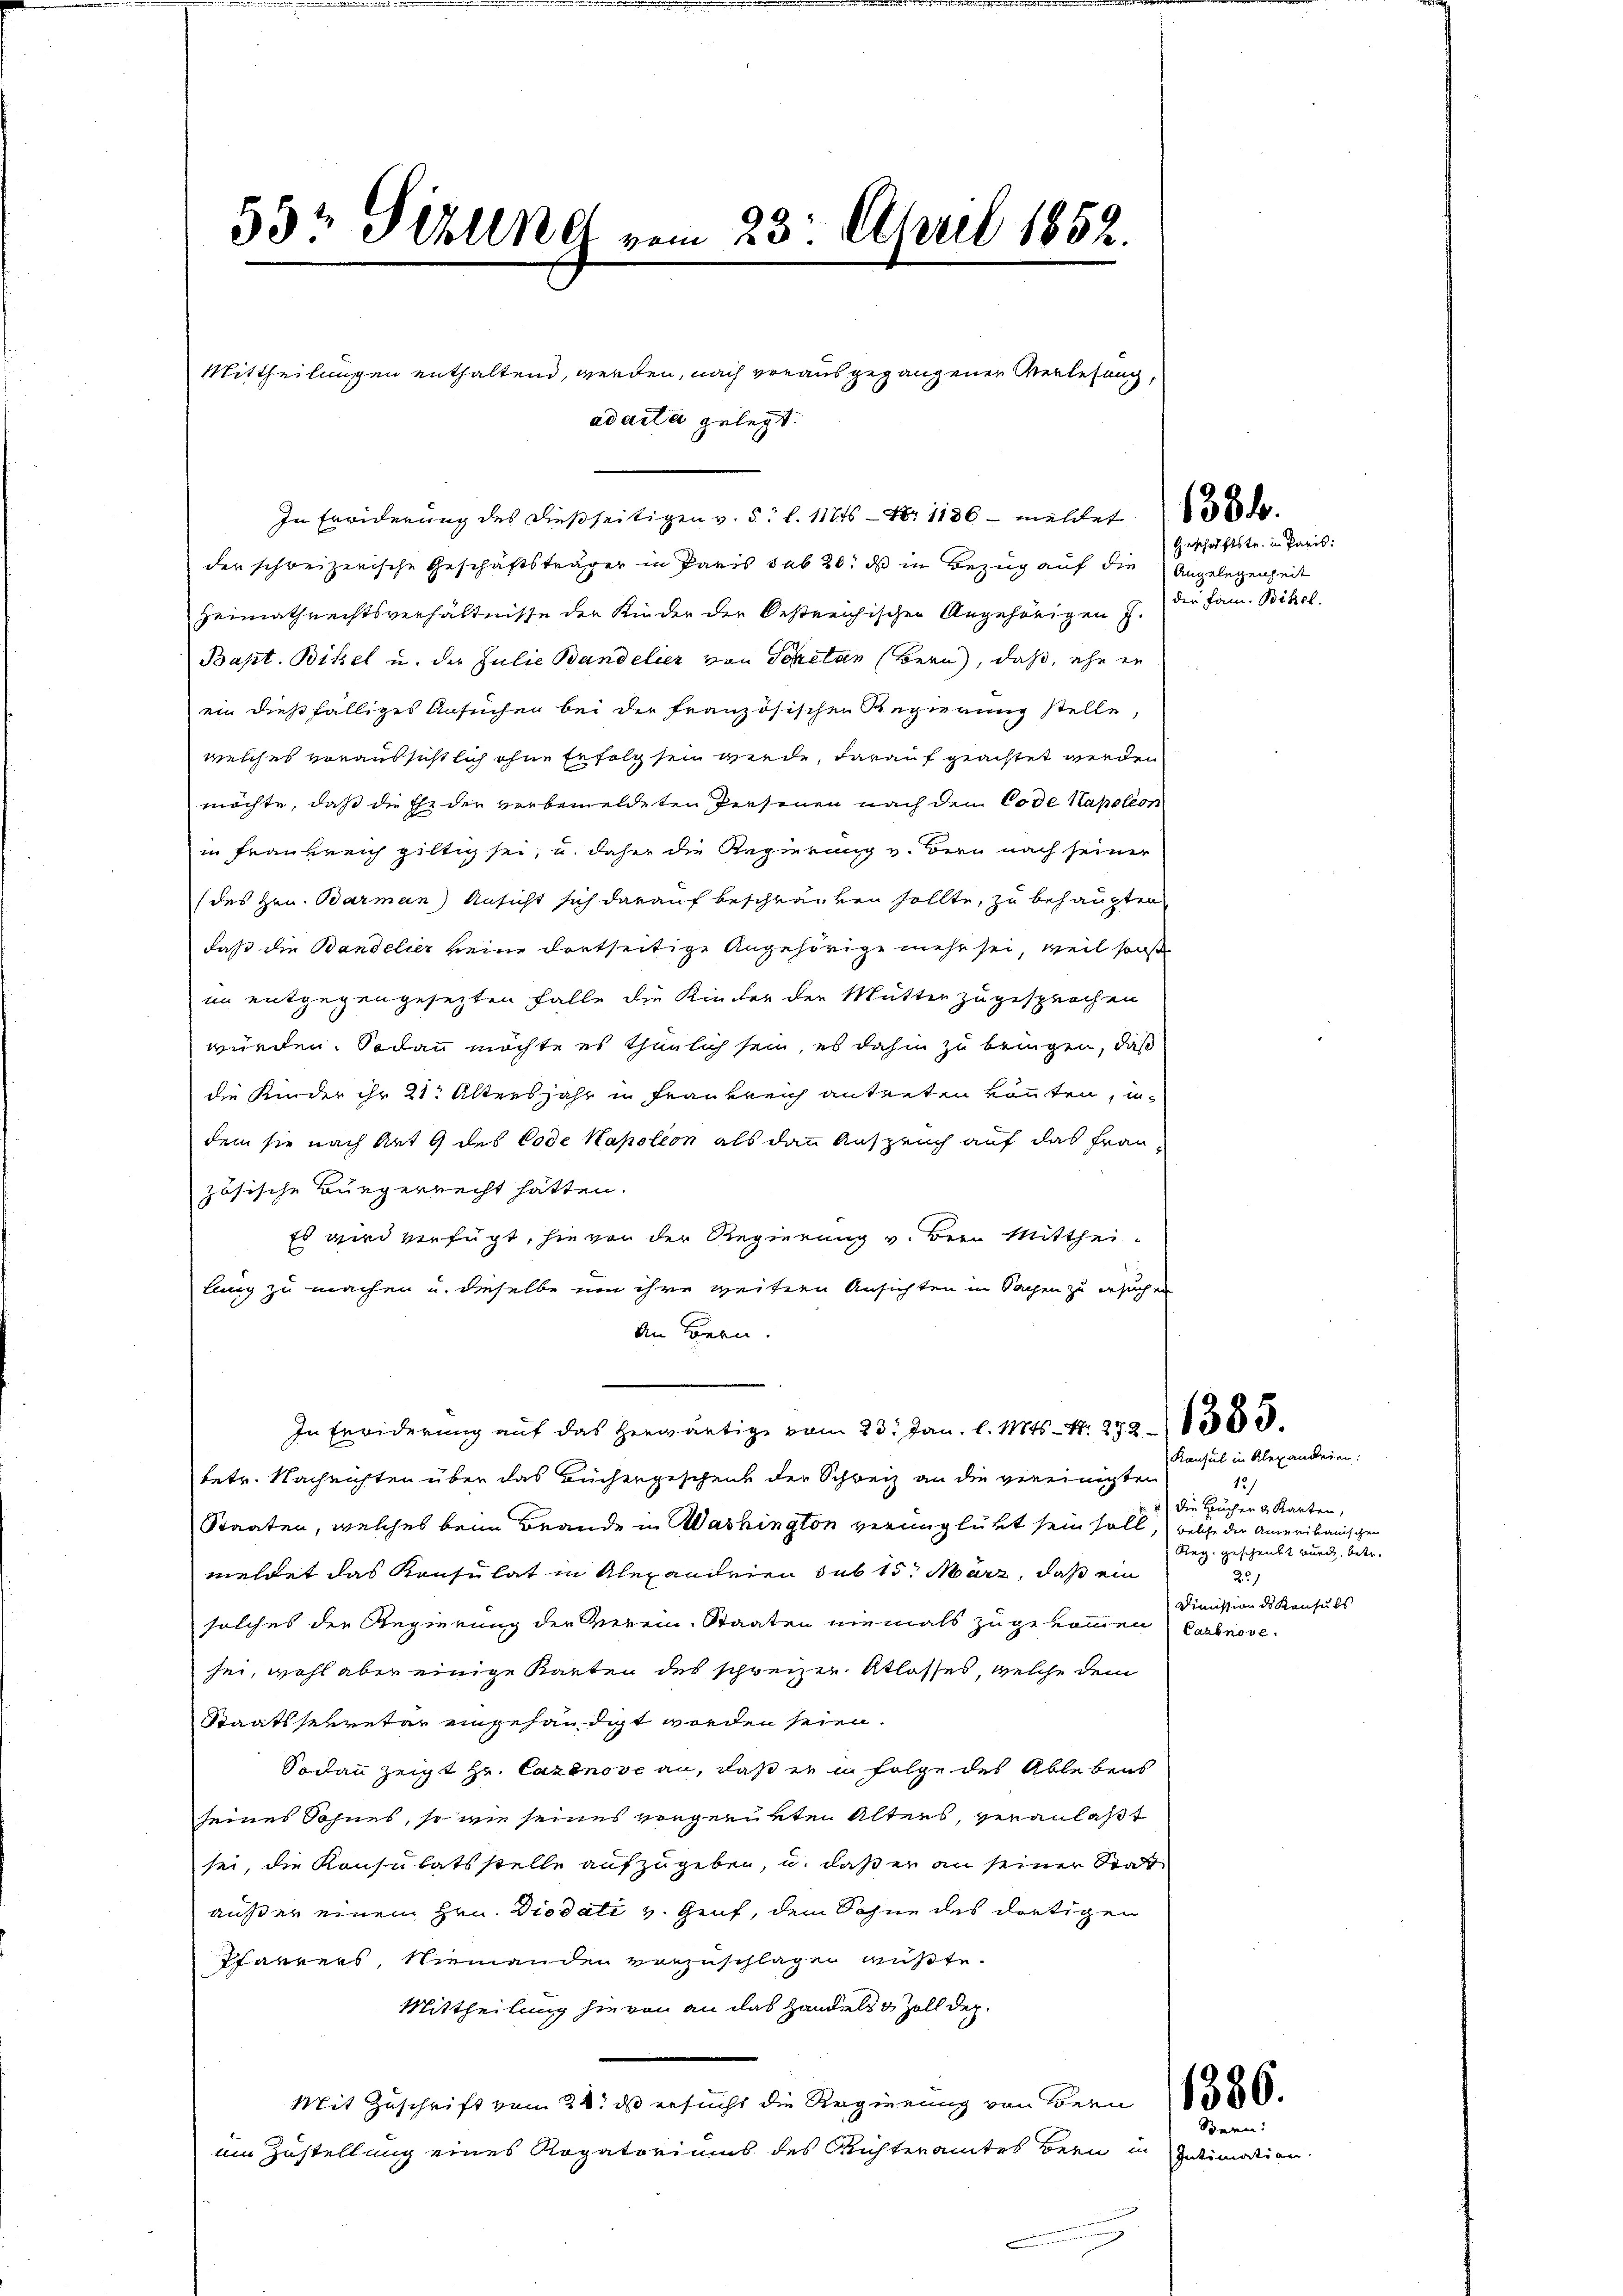
53t Sizung vom 23. April 1852.
Mittheilungen enthaltend, werden, nach vorausgegangener Verlesung,
ad acta gelegt.

der schweizerische Geschäftsträger in Paris sub 20. ds in Bezug auf die Angelegenheit
Heimathrechtsverhältnisse der Kinder der Oestreichischen Angehörigen J.
Bapt. Bibel u. der Julie Bandelier von Sonetan (Bern, daß, ehe er
ein dießfälliges Ansuchen bei der französischen Regierung stelle,
welches voraussichtlich ohne Erfolg sein werde, darauf geachtet werden
möchte, daß die Ehe der vorbemeldeten Personen nach den Code Napoleon
in Frankreich giltig sei, u. daher die Regierung v. Bern nach seiner
(des Hrn. Barman) Ansicht sich darauf beschreiben sollte, zu behaupten
daß die Bandelier keine dortseitige Angehörige mehr sei, weil sonst
im entgegengesezten Falle die Kinder der Mutter zugesprochen
würden. Sodann möchte es thunlich sein, es dahin zu bringen, daß
die Kinder ihr 21. Altersjahr in Frankreich anteilen könnten, u
dem sie nach Art. 9 des Code Napoleon als dann Anspruch auf das Frauzösische Bürgerrecht hätten.
Es wird verfügt, sie von der Regierung v. Bein Mittheilung zu machen u. dieselbe um ihre weitern Ansichten in Sachen zu ersuchen
An Bern.
In Erwiderung auf das herwärtige vom 23. Jan. l. Mts. S. 252 - 189
betr. Nachrichten über das Büchergeschenk der Schweiz an die vereinigten
Staaten, welches beim Brande in Washington verunglükt sein soll, welche der Amerikanischen
meldet das Konsulat in Alexandrien sub 15. März, daß ein
solches der Regierung der Verein. Staaten niemals zugekommen Carbnove
sei, wohl aber einige Karten des schreizer. Atlasses, welche dem
Staatssekretär eingehändigt worden seien.
Sodann zeigt Hr. Cazonose an, daß er in Folge des Ablebens
seines Sohnes, so wie seines vorgerükten Alters, veranlaßt
sei, die Konsulatsstelle aufzugeben, u. daß er an seiner Statt
außer einem Hrn. Diodati v. Genf, dem Sohne des dortigen
Pfarrers, Niemanden vorzuschlagen müßte.
Mittheilung hievon an das Handels & Zoll dep
Mit Zuschrift vom 24. ds ersucht die Regierung von Bern (1386.
um Zustellung eines Rogatoriums des Richteramtes Bern in Intimation

In Erwiderung des dießseitigen v. 5. l. 11816 - Nr 1186 - mellet de

(Geschäftstr. in Paris:
der Fam. Bibel.

Konsul in Alexandrien:
12/
die Bucher & Karten,
Reg. geschenkt wurde, betr.
22/
Dimission des Konsuls

Bern: